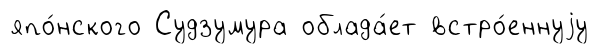
япо́нского Судзумура облада́ет встро́еннуjу